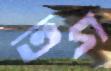
তদ